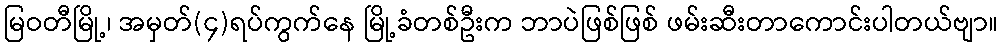
မြဝတီမြို့၊ အမှတ်(၄)ရပ်ကွက်နေ မြို့ခံတစ်ဦးက ဘာပဲဖြစ်ဖြစ် ဖမ်းဆီးတာကောင်းပါတယ်ဗျာ။